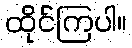
ထိုင်ကြပါ။